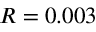
R = 0 . 0 0 3 \